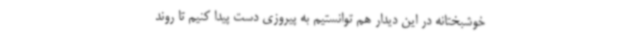
خوشبختانه در این دیدار هم توانستیم به پیروزی دست پیدا کنیم تا روند